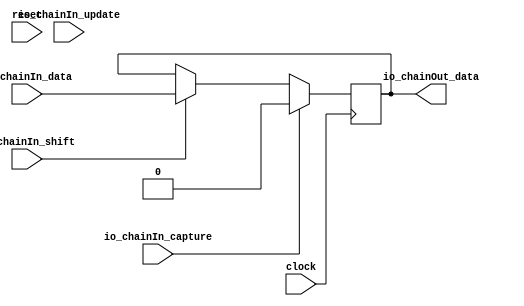
// Copyright (c) 2017, Microsemi Corporation
// All rights reserved.
//
// Redistribution and use in source and binary forms, with or without
// modification, are permitted provided that the following conditions are met:
//     * Redistributions of source code must retain the above copyright
//       notice, this list of conditions and the following disclaimer.
//     * Redistributions in binary form must reproduce the above copyright
//       notice, this list of conditions and the following disclaimer in the
//       documentation and/or other materials provided with the distribution.
//     * Neither the name of the <organization> nor the
//       names of its contributors may be used to endorse or promote products
//       derived from this software without specific prior written permission.
//
// THIS SOFTWARE IS PROVIDED BY THE COPYRIGHT HOLDERS AND CONTRIBUTORS "AS IS" AND
// ANY EXPRESS OR IMPLIED WARRANTIES, INCLUDING, BUT NOT LIMITED TO, THE IMPLIED
// WARRANTIES OF MERCHANTABILITY AND FITNESS FOR A PARTICULAR PURPOSE ARE
// DISCLAIMED. IN NO EVENT SHALL MICROSEMI CORPORATIONM BE LIABLE FOR ANY
// DIRECT, INDIRECT, INCIDENTAL, SPECIAL, EXEMPLARY, OR CONSEQUENTIAL DAMAGES
// (INCLUDING, BUT NOT LIMITED TO, PROCUREMENT OF SUBSTITUTE GOODS OR SERVICES;
// LOSS OF USE, DATA, OR PROFITS; OR BUSINESS INTERRUPTION) HOWEVER CAUSED AND
// ON ANY THEORY OF LIABILITY, WHETHER IN CONTRACT, STRICT LIABILITY, OR TORT
// (INCLUDING NEGLIGENCE OR OTHERWISE) ARISING IN ANY WAY OUT OF THE USE OF THIS
// SOFTWARE, EVEN IF ADVISED OF THE POSSIBILITY OF SUCH DAMAGE.
//
// APACHE LICENSE
// Copyright (c) 2017, Microsemi Corporation 
//
// Licensed under the Apache License, Version 2.0 (the "License");
// you may not use this file except in compliance with the License.
// You may obtain a copy of the License at
//
//    http://www.apache.org/licenses/LICENSE-2.0
//
// Unless required by applicable law or agreed to in writing, software
// distributed under the License is distributed on an "AS IS" BASIS,
// WITHOUT WARRANTIES OR CONDITIONS OF ANY KIND, either express or implied.
// See the License for the specific language governing permissions and
// limitations under the License.
//
// Description:
//
// SVN Revision Information:
// SVN $Revision: $
// SVN $Date: $
//
// Resolved SARs
// SAR      Date     Who   Description
//
// Notes:
//
// ****************************************************************************/
`ifndef RANDOMIZE_REG_INIT 
	 `define RANDOMIZE_REG_INIT 
 `endif
`ifndef RANDOMIZE_MEM_INIT 
	 `define RANDOMIZE_MEM_INIT 
 `endif
`ifndef RANDOMIZE 
	 `define RANDOMIZE 
`endif

`timescale 1ns/10ps
module MiV_AXI_MiV_AXI_0_MIV_RV32IMA_L1_AXI_JTAG_BYPASS_CHAIN( // @[:freechips.rocketchip.system.MivRV32ImaL1AhbConfig.fir@118540.2]
  input   clock, // @[:freechips.rocketchip.system.MivRV32ImaL1AhbConfig.fir@118541.4]
  input   reset, // @[:freechips.rocketchip.system.MivRV32ImaL1AhbConfig.fir@118542.4]
  input   io_chainIn_shift, // @[:freechips.rocketchip.system.MivRV32ImaL1AhbConfig.fir@118543.4]
  input   io_chainIn_data, // @[:freechips.rocketchip.system.MivRV32ImaL1AhbConfig.fir@118543.4]
  input   io_chainIn_capture, // @[:freechips.rocketchip.system.MivRV32ImaL1AhbConfig.fir@118543.4]
  input   io_chainIn_update, // @[:freechips.rocketchip.system.MivRV32ImaL1AhbConfig.fir@118543.4]
  output  io_chainOut_data // @[:freechips.rocketchip.system.MivRV32ImaL1AhbConfig.fir@118543.4]
);
  reg  reg$; // @[JtagShifter.scala 63:16:freechips.rocketchip.system.MivRV32ImaL1AhbConfig.fir@118551.4]
  reg [31:0] _RAND_0;
  wire  _GEN_0; // @[JtagShifter.scala 71:34:freechips.rocketchip.system.MivRV32ImaL1AhbConfig.fir@118557.6]
  wire  _GEN_1; // @[JtagShifter.scala 69:29:freechips.rocketchip.system.MivRV32ImaL1AhbConfig.fir@118553.4]
  wire  _T_6; // @[JtagShifter.scala 74:31:freechips.rocketchip.system.MivRV32ImaL1AhbConfig.fir@118560.4]
  wire  _T_8; // @[JtagShifter.scala 74:10:freechips.rocketchip.system.MivRV32ImaL1AhbConfig.fir@118561.4]
  wire  _T_9; // @[JtagShifter.scala 75:31:freechips.rocketchip.system.MivRV32ImaL1AhbConfig.fir@118562.4]
  wire  _T_11; // @[JtagShifter.scala 75:10:freechips.rocketchip.system.MivRV32ImaL1AhbConfig.fir@118563.4]
  wire  _T_12; // @[JtagShifter.scala 75:7:freechips.rocketchip.system.MivRV32ImaL1AhbConfig.fir@118564.4]
  wire  _T_13; // @[JtagShifter.scala 76:30:freechips.rocketchip.system.MivRV32ImaL1AhbConfig.fir@118565.4]
  wire  _T_15; // @[JtagShifter.scala 76:10:freechips.rocketchip.system.MivRV32ImaL1AhbConfig.fir@118566.4]
  wire  _T_16; // @[JtagShifter.scala 76:7:freechips.rocketchip.system.MivRV32ImaL1AhbConfig.fir@118567.4]
  wire  _T_18; // @[JtagShifter.scala 74:9:freechips.rocketchip.system.MivRV32ImaL1AhbConfig.fir@118569.4]
  wire  _T_20; // @[JtagShifter.scala 74:9:freechips.rocketchip.system.MivRV32ImaL1AhbConfig.fir@118570.4]
  assign _GEN_0 = io_chainIn_shift ? io_chainIn_data : reg$; // @[JtagShifter.scala 71:34:freechips.rocketchip.system.MivRV32ImaL1AhbConfig.fir@118557.6]
  assign _GEN_1 = io_chainIn_capture ? 1'h0 : _GEN_0; // @[JtagShifter.scala 69:29:freechips.rocketchip.system.MivRV32ImaL1AhbConfig.fir@118553.4]
  assign _T_6 = io_chainIn_capture & io_chainIn_update; // @[JtagShifter.scala 74:31:freechips.rocketchip.system.MivRV32ImaL1AhbConfig.fir@118560.4]
  assign _T_8 = _T_6 == 1'h0; // @[JtagShifter.scala 74:10:freechips.rocketchip.system.MivRV32ImaL1AhbConfig.fir@118561.4]
  assign _T_9 = io_chainIn_capture & io_chainIn_shift; // @[JtagShifter.scala 75:31:freechips.rocketchip.system.MivRV32ImaL1AhbConfig.fir@118562.4]
  assign _T_11 = _T_9 == 1'h0; // @[JtagShifter.scala 75:10:freechips.rocketchip.system.MivRV32ImaL1AhbConfig.fir@118563.4]
  assign _T_12 = _T_8 & _T_11; // @[JtagShifter.scala 75:7:freechips.rocketchip.system.MivRV32ImaL1AhbConfig.fir@118564.4]
  assign _T_13 = io_chainIn_update & io_chainIn_shift; // @[JtagShifter.scala 76:30:freechips.rocketchip.system.MivRV32ImaL1AhbConfig.fir@118565.4]
  assign _T_15 = _T_13 == 1'h0; // @[JtagShifter.scala 76:10:freechips.rocketchip.system.MivRV32ImaL1AhbConfig.fir@118566.4]
  assign _T_16 = _T_12 & _T_15; // @[JtagShifter.scala 76:7:freechips.rocketchip.system.MivRV32ImaL1AhbConfig.fir@118567.4]
  assign _T_18 = _T_16 | reset; // @[JtagShifter.scala 74:9:freechips.rocketchip.system.MivRV32ImaL1AhbConfig.fir@118569.4]
  assign _T_20 = _T_18 == 1'h0; // @[JtagShifter.scala 74:9:freechips.rocketchip.system.MivRV32ImaL1AhbConfig.fir@118570.4]
  assign io_chainOut_data = reg$;
`ifdef RANDOMIZE
  integer initvar;
  initial begin
    `ifndef verilator
      #0.002 begin end
    `endif
  `ifdef RANDOMIZE_REG_INIT
  _RAND_0 = {1{32'b0}};
  reg$ = _RAND_0[0:0];
  `endif // RANDOMIZE_REG_INIT
  end
`endif // RANDOMIZE
  always @(posedge clock) begin
    if (io_chainIn_capture) begin
      reg$ <= 1'h0;
    end else begin
      if (io_chainIn_shift) begin
        reg$ <= io_chainIn_data;
      end
    end
    `ifndef SYNTHESIS
    `ifdef PRINTF_COND
      if (`PRINTF_COND) begin
    `endif
        if (_T_20) begin
          $fwrite(32'h80000002,"Assertion failed\n    at JtagShifter.scala:74 assert(!(io.chainIn.capture && io.chainIn.update)\n"); // @[JtagShifter.scala 74:9:freechips.rocketchip.system.MivRV32ImaL1AhbConfig.fir@118572.6]
        end
    `ifdef PRINTF_COND
      end
    `endif
    `endif // SYNTHESIS
    `ifndef SYNTHESIS
    `ifdef STOP_COND
      if (`STOP_COND) begin
    `endif
        if (_T_20) begin
          $fatal; // @[JtagShifter.scala 74:9:freechips.rocketchip.system.MivRV32ImaL1AhbConfig.fir@118573.6]
        end
    `ifdef STOP_COND
      end
    `endif
    `endif // SYNTHESIS
  end
endmodule